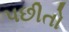
પછીતો